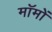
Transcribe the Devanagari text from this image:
मॉमों